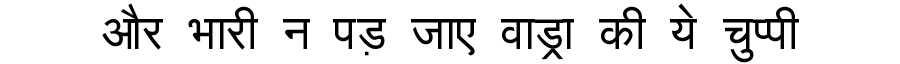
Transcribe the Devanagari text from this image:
और भारी न पड़ जाए वाड्रा की ये चुप्पी